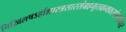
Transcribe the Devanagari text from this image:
निखिलषऽर्हाशास्त्रसारसंग्रहभूतग्रन्थकरणेऽप्यधिकारः